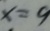
x = 9